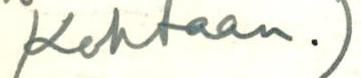
Kohtaan.)